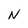
Character: N